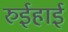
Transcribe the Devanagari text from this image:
रुईहाई